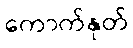
ကောက်နုတ်